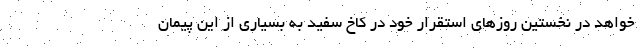
خواهد در نخستین روزهای استقرار خود در کاخ سفید به بسیاری از این پیمان